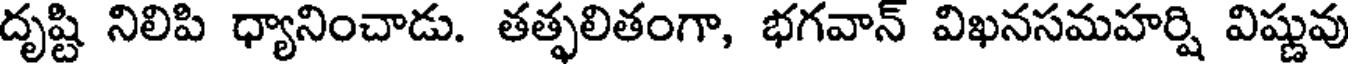
దృష్టి నిలిపి ధ్యానించాడు. తత్ఫలితంగా, భగవాన్ విఖనసమహర్షి విష్ణువు